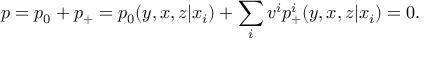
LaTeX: p = p _ { 0 } + p _ { + } = p _ { 0 } ( y , x , z | x _ { i } ) + \sum _ { i } v ^ { i } p _ { + } ^ { i } ( y , x , z | x _ { i } ) = 0 .